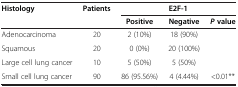
| Histology | Patients | <COLSPAN=3> E2F-1 |
 |  |  | Positive | Negative | P value |
 | --- | --- | --- | --- | --- |
 | Adenocarcinoma | 20 | 2 (10%) | 18 (90%) |  |
 | Squamous | 20 | 0 (0%) | 20 (100%) |  |
 | Large cell lung cancer | 10 | 5 (50%) | 5 (50%) |  |
 | Small cell lung cancer | 90 | 86 (95.56%) | 4 (4.44%) | <0.01** |